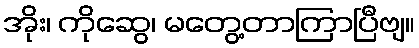
အိုး၊ ကိုဆွေ၊ မတွေ့တာကြာပြီဗျ။